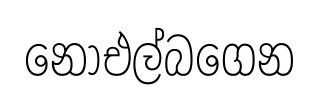
නොඑල්බගෙන